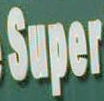
Super